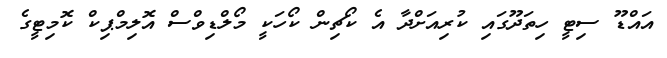
އައްޑޫ ސިޓީ ހިތަދޫގައި ކުރިއަށްދާ އެ ކޯޗިން ކޯހަކީ މޯލްޑިވްސް އޮލިމްޕިކް ކޮމިޓީގެ